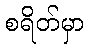
စရိတ်မှာ